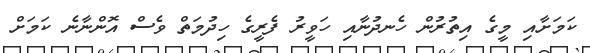
ކަމަށާއި މީގެ އިތުރުން ހެނދުނާއި ހަވީރު ފެރީގެ ހިދުމަތް ވެސް އޮންނާނެ ކަމަށް